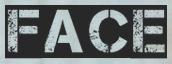
FACE